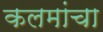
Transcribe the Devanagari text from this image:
कलमांचा